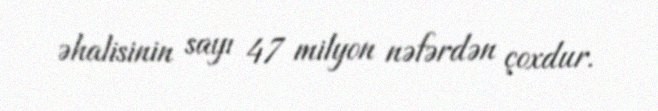
əhalisinin sayı 47 milyon nəfərdən çoxdur.